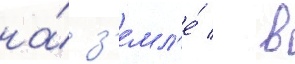
на́ з'емл'е́ / в